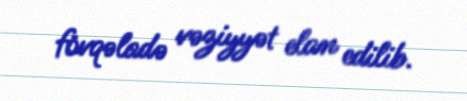
fövqəladə vəziyyət elan edilib.